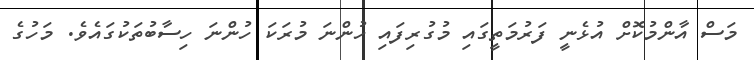
މަސް އާންމުކޮށް އުޅެނީ ފަރުމަތީގައި މުގުރިފައި ހުންނަ މުރަކަ ހުންނަ ހިސާބުތަކުގައެވެ. މަހުގެ